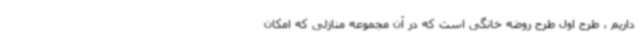
داریم ، طرح اول طرح روضه خانگی است که در آن مجموعه منازلی که امکان